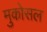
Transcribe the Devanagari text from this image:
मुकोसल